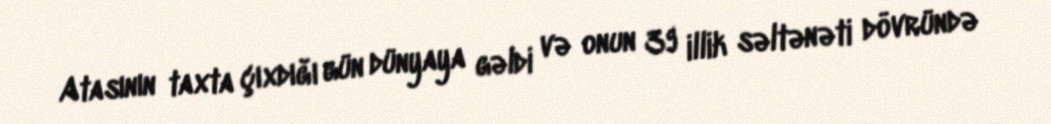
Atasının taxta çıxdığı gün dünyaya gəldi və onun 39 illik səltənəti dövründə